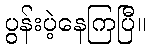
ပွန်းပဲ့နေကြပြီ။